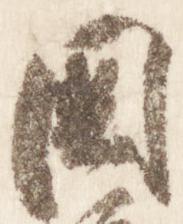
国